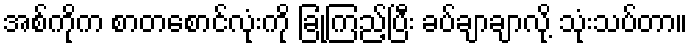
အစ်ကိုက စာတစောင်လုံးကို ခြုံကြည့်ပြီး ခပ်ချာချာလို့ သုံးသပ်တာ။